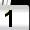
Digit: 1